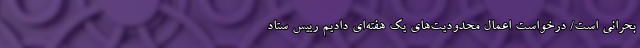
بحرانی است/ درخواست اعمال محدودیت‌های یک هفته‌ای دادیم رییس ستاد